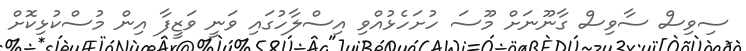
ސިވިސް ސާވިސް ގާނޫނަށް މޫސަ ހުށަހެޅުއްވި އިސްލާހުގައި ވަނީ ވަޒީފާ އިން މުސްކުޅިިކޮށް